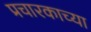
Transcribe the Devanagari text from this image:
प्रचारकाच्या